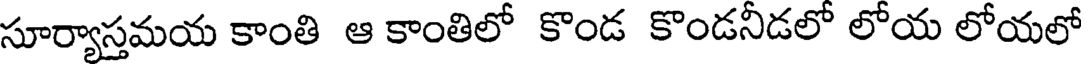
సూర్యాస్తమయ కాంతి ఆ కాంతిలో కొండ కొండనీడలో లోయ లోయలో